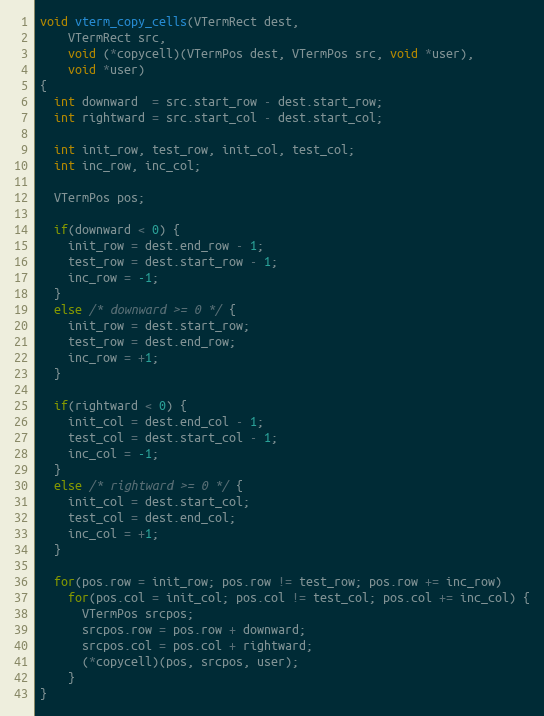
Language: C
void vterm_copy_cells(VTermRect dest,
    VTermRect src,
    void (*copycell)(VTermPos dest, VTermPos src, void *user),
    void *user)
{
  int downward  = src.start_row - dest.start_row;
  int rightward = src.start_col - dest.start_col;

  int init_row, test_row, init_col, test_col;
  int inc_row, inc_col;

  VTermPos pos;

  if(downward < 0) {
    init_row = dest.end_row - 1;
    test_row = dest.start_row - 1;
    inc_row = -1;
  }
  else /* downward >= 0 */ {
    init_row = dest.start_row;
    test_row = dest.end_row;
    inc_row = +1;
  }

  if(rightward < 0) {
    init_col = dest.end_col - 1;
    test_col = dest.start_col - 1;
    inc_col = -1;
  }
  else /* rightward >= 0 */ {
    init_col = dest.start_col;
    test_col = dest.end_col;
    inc_col = +1;
  }

  for(pos.row = init_row; pos.row != test_row; pos.row += inc_row)
    for(pos.col = init_col; pos.col != test_col; pos.col += inc_col) {
      VTermPos srcpos;
      srcpos.row = pos.row + downward;
      srcpos.col = pos.col + rightward;
      (*copycell)(pos, srcpos, user);
    }
}